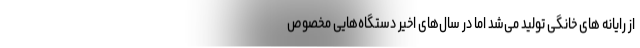
از رایانه های خانگی تولید می‌شد اما در سال‌های اخیر دستگاه‌هایی مخصوص